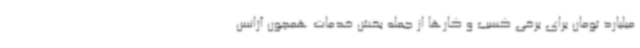
میلیارد تومان برای برخی کسب و کارها از جمله بخش خدمات همچون آژانس